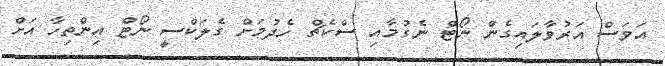
އަވަސް އަރުވާލައިގެން ނޯޓް ނެގުމާއި ސްކެޗް ހެދުމަށް ގެލަކްސީ ނޯޓް އިންތިހާ އަށް